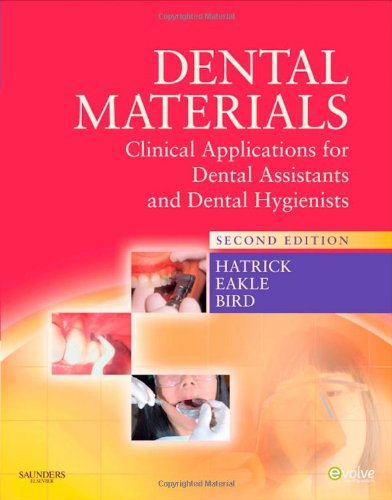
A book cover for Dental Materials: Clinical Applications for Dental Assistants and Dental Hygienists, 2nd Edition; Carol Dixon Hatrick CDA  RDA  RDH  MS; Medical Books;